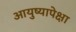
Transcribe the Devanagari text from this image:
आयुष्यापेक्षा